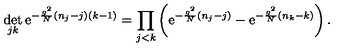
\det _ { j k } \mathrm { e } ^ { - \frac { g ^ { 2 } } { N } ( n _ { j } - j ) ( k - 1 ) } = \prod _ { j < k } \left( \mathrm { e } ^ { - \frac { g ^ { 2 } } { N } ( n _ { j } - j ) } - \mathrm { e } ^ { - \frac { g ^ { 2 } } { N } ( n _ { k } - k ) } \right) .